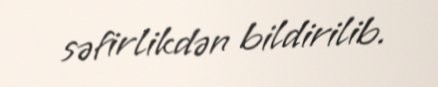
səfirlikdən bildirilib.